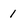
Character: 1